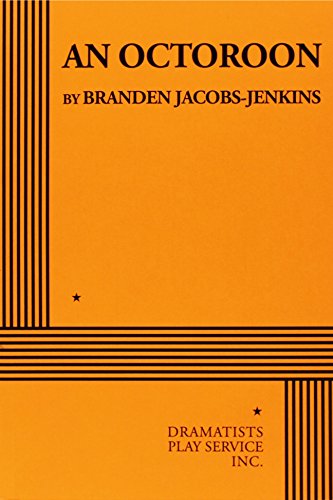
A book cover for An Octoroon; Branden Jacobs-jenkins; Literature & Fiction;